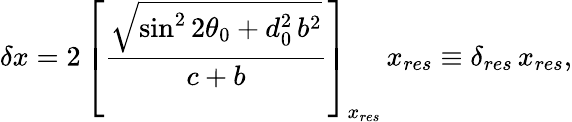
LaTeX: \delta x=2\, \left[\frac{\sqrt{\sin^{2}2\theta_{0}+d_{0}^{2}\, b^{2}}}{c+b}\right]_{x_{res}}\, x_{res}\equiv\delta_{res}\, x_{res},